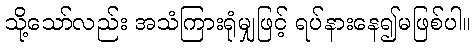
သို့သော်လည်း အသံကြားရုံမျှဖြင့် ရပ်နားနေ၍မဖြစ်ပါ။